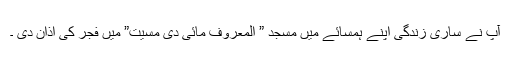
آپ نے ساری زندگی اپنے ہمسائے میں مسجد ” المعروف مائی دی مسیت” میں فجر کی اذان دی ۔